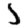
Digit: 5